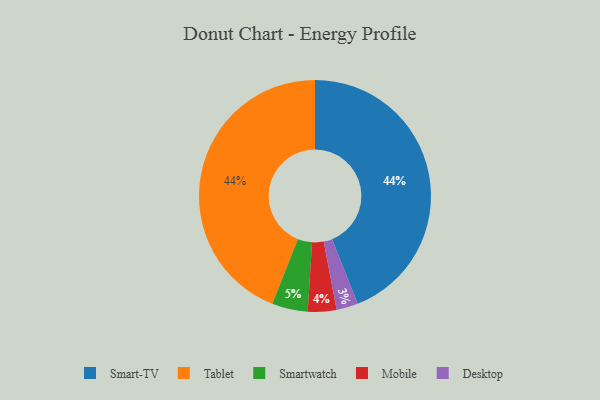
{"axis": {"x": "Category", "y": "Percentage"}, "legend": ["Desktop", "Mobile", "Smart-TV", "Smartwatch", "Tablet"], "data": [{"x": "Smart-TV", "y": 44, "type": "Smart-TV"}, {"x": "Smartwatch", "y": 5, "type": "Smartwatch"}, {"x": "Tablet", "y": 44, "type": "Tablet"}, {"x": "Mobile", "y": 4, "type": "Mobile"}, {"x": "Desktop", "y": 3, "type": "Desktop"}]}